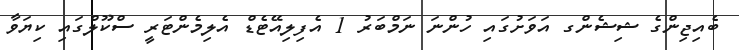
ބެއިޖިންގެ ޝިޝެންގ އަވަށުގައި ހުންނަ ނަމްބަރު 1 އެފިލިއޭޓެޑް އެލިމެންޓަރީ ސްކޫލްގައި ކިޔަވާ